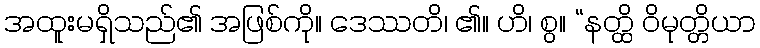
အထူးမရှိသည်၏ အဖြစ်ကို။ ဒေဿတိ၊ ၏။ ဟိ၊ စွ။ “နတ္ထိ ဝိမုတ္တိယာ